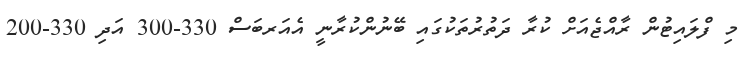
މި ފްލައިޓުން ރާއްޖެއަށް ކުރާ ދަތުރުތަކުގައި ބޭނުންކުރާނީ އެއަރބަސް 330-300 އަދި 330-200